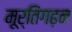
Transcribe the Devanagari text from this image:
मूर्तिगढ़न